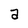
Character: a